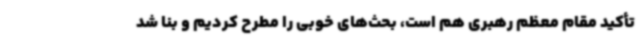
تأکید مقام معظم رهبری هم است، بحث‌های خوبی را مطرح کردیم و بنا شد